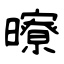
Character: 曢